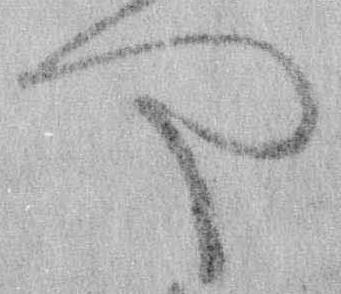
や